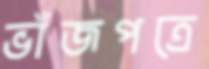
ভাঁজপত্রে